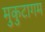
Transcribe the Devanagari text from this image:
मुकुटागम